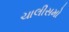
ચાલીસમો